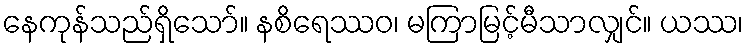
နေကုန်သည်ရှိသော်။ နစိရေဿဝ၊ မကြာမြင့်မီသာလျှင်။ ယဿ၊